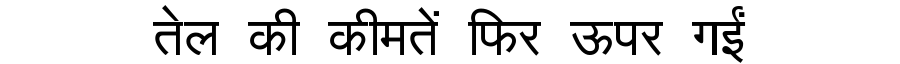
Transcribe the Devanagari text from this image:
तेल की कीमतें फिर ऊपर गईं